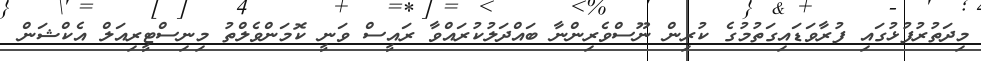
މިދަތުރުފުޅުގައި ފުރާވަޑައިގަތުމުގެ ކުރިން ނޫސްވެރިންނާ ބައްދަލުކުރައްވާ ރައީސް ވަނީ ކޮމަންވެލްތު މިނިސްޓީރިއަލް އެކްޝަން